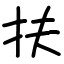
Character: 扶